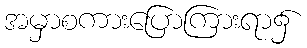
အမှာစကားပြောကြားရာ၌